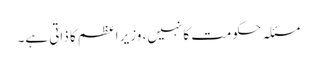
مسئلہ حکومت کا نہیں، وزیرِ اعظم کا ذاتی ہے۔